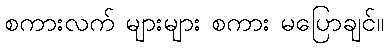
စကားလက် များများ စကား မပြောချင်။